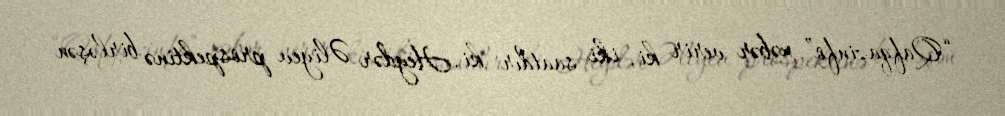
“Qafqazinfo” xəbər verir ki, iki saatdır ki, Heydər Əliyev prospektinə birləşən